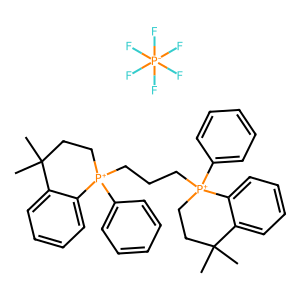
SMILES: CC1(C)CC[P+](CCC[P+]2(c3ccccc3)CCC(C)(C)c3ccccc32)(c2ccccc2)c2ccccc21.F[P-](F)(F)(F)(F)F
Inhibits HIV replication: No